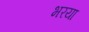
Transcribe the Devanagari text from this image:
भरया